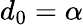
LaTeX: d_{0}=\alpha